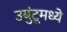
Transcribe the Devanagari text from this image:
उबुंटूमध्ये